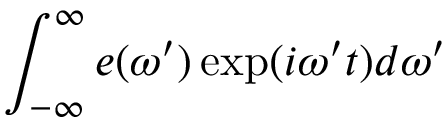
\int _ { - \infty } ^ { \infty } e ( \omega ^ { \prime } ) \exp ( i \omega ^ { \prime } t ) d \omega ^ { \prime }